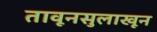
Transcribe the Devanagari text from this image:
तावूनसुलाखून